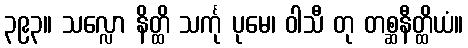
၃၉၃။ သလ္လော နိတ္ထိ သင်္ကု ပုမေ၊ ဝါသီ တု တစ္ဆနီတ္ထိယံ။